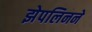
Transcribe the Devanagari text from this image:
झेपलिनने